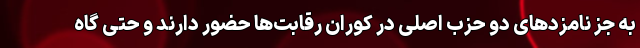
به جز نامزدهای دو حزب اصلی در کوران رقابت‌ها حضور دارند و حتی گاه